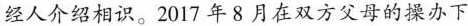
经人介绍相识。2017年8月在双方父母的操办下